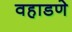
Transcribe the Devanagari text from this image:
वहाडणे